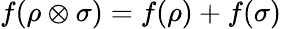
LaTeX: f(\rho\otimes\sigma)=f(\rho)+f(\sigma)